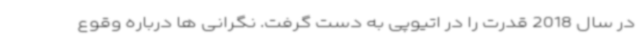
در سال 2018 قدرت را در اتیوپی به دست گرفت. نگرانی ها درباره وقوع